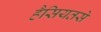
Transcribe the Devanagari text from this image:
हैसियतसे